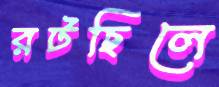
রটছিলে